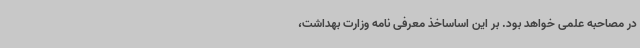
در مصاحبه علمی خواهد بود. بر این اساساخذ معرفی نامه وزارت بهداشت،